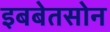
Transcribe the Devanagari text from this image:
इबबेतसोन